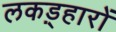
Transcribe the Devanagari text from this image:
लकड़्हारों